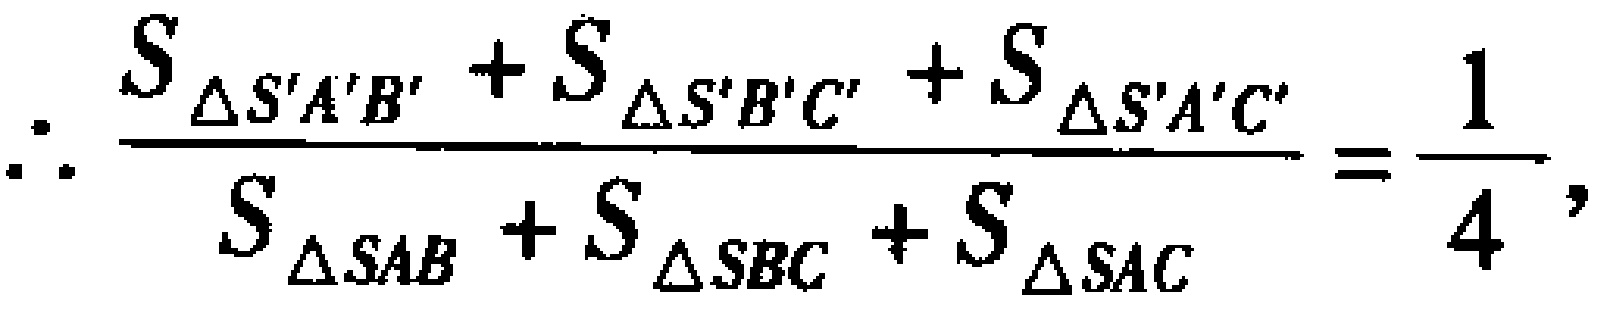
\(\therefore \frac{S_{\triangle S'A'B'} + S_{\triangle S'B'C'} + S_{\triangle S'A'C'}}{S_{\triangle SAB} + S_{\triangle SBC} + S_{\triangle SAC}} = \frac{1}{4},\)